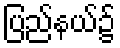
ပြည်နယ်၌